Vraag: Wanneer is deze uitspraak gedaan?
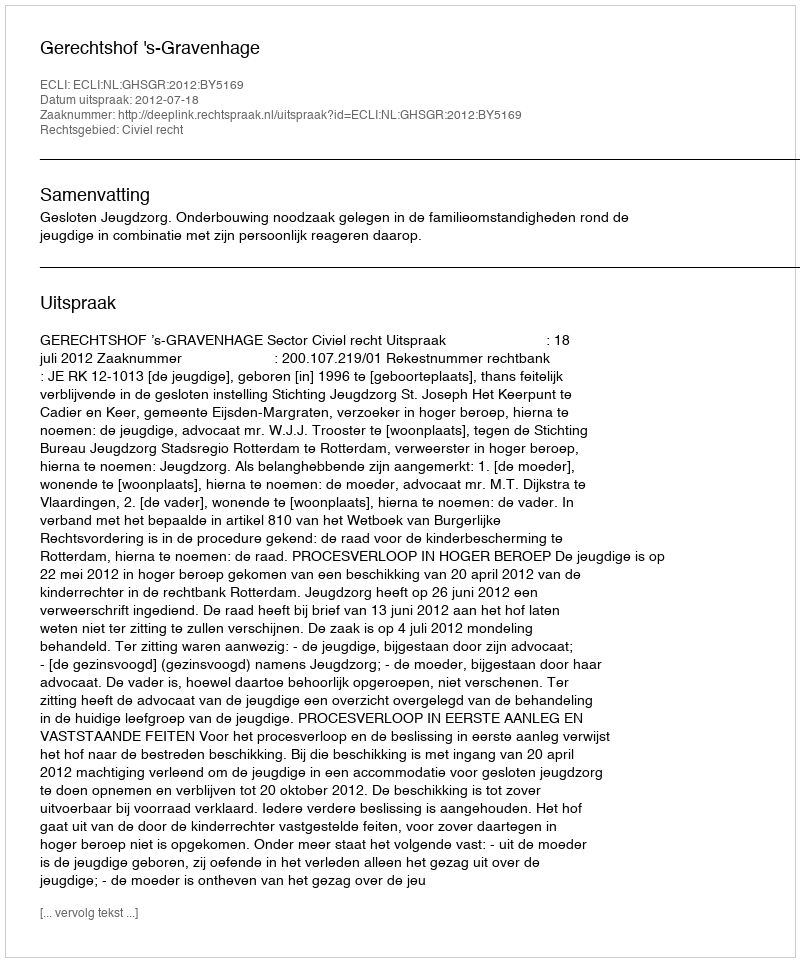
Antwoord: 2012-07-18